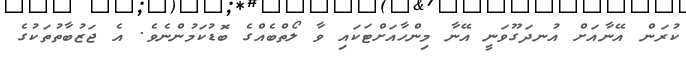
ކުރަން އޭނާއަށް އުނދަގޫވަނީ އޭނާ މިންހާއަށްޓަކައި ވާ ލޯތްބެއްގެ ބޮޑުކަމުންނެވެ. އެ ޖަޒުބާތުތަކުގެ